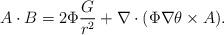
LaTeX: \begin{align*}A\cdot B=2\Phi \frac{G}{r^{2}}+\nabla \cdot ( \Phi\nabla \theta\times A ).\end{align*}